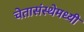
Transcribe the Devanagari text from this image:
चेतासंस्थेमध्यी